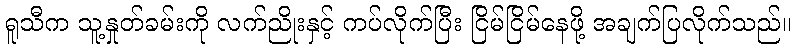
ရူသီက သူ့နှုတ်ခမ်းကို လက်ညိုးနှင့် ကပ်လိုက်ပြီး ငြိမ်ငြိမ်နေဖို့ အချက်ပြလိုက်သည်။